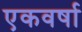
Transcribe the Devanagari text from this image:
एकवर्षा